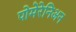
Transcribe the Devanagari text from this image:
पोमेरेनिअन